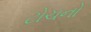
ટોચનો